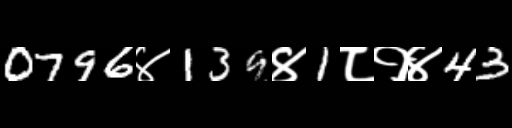
Text: 0796४139४1८१४43